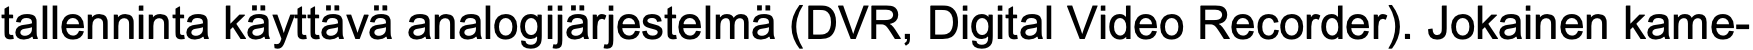
tallenninta käyttävä analogijärjestelmä (DVR, Digital Video Recorder). Jokainen kame-